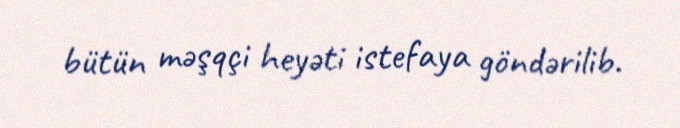
bütün məşqçi heyəti istefaya göndərilib.